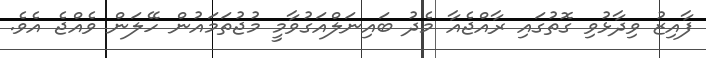
ފާއިޒު ވިދާޅުވި ގޮތުގައި ރާއްޖެއާ މެދު ބައިނަލްއަގުވާމީ މުޖުތަމައުން ހޭލަން ވެއްޖެ އެވެ.